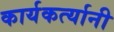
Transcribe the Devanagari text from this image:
कार्यकर्त्‍यानी